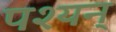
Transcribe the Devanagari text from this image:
पश्यन्